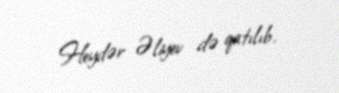
Heydər Əliyev də qatılıb.